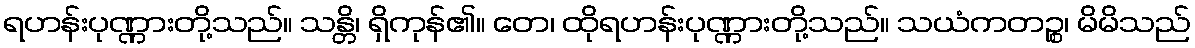
ရဟန်းပုဏ္ဏားတို့သည်။ သန္တိ၊ ရှိကုန်၏။ တေ၊ ထိုရဟန်းပုဏ္ဏားတို့သည်။ သယံကတဉ္စ၊ မိမိသည်